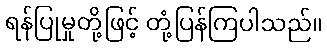
ရန်ပြုမှုတို့ဖြင့် တုံ့ပြန်ကြပါသည်။